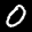
Label: 0